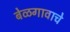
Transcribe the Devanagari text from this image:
बेळगावाचे